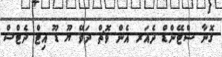
ގޮނާ ސްޓޭންޑް ދެއަރ އެން ވޮޗް ދަވޭ ޔޫ ޑޫ އިޓް ދެޓްސް